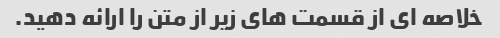
خلاصه ای از قسمت های زیر از متن را ارائه دهید.